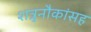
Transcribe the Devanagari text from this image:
शत्रुनौकांसह